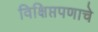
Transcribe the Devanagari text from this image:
विक्षिप्तपणाचे